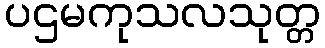
ပဌမကုသလသုတ္တ